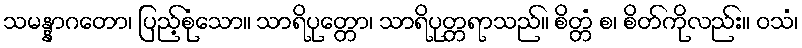
သမန္နာဂတော၊ ပြည့်စုံသော။ သာရိပုတ္တော၊ သာရိပုတ္တရာသည်။ စိတ္တံ စ၊ စိတ်ကိုလည်း။ ဝသံ၊